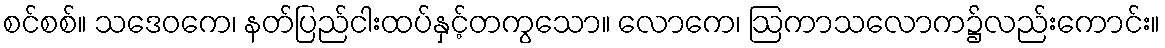
စင်စစ်။ သဒေဝကေ၊ နတ်ပြည်ငါးထပ်နှင့်တကွသော။ လောကေ၊ ဩကာသလောက၌လည်းကောင်း။